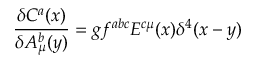
\frac { \delta C ^ { a } ( x ) } { \delta A _ { \mu } ^ { b } ( y ) } = g f ^ { a b c } E ^ { c \mu } ( x ) \delta ^ { 4 } ( x - y )